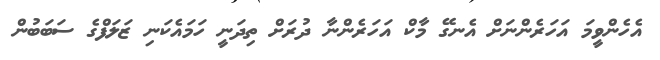
އެހެންވީމަ އަހަރެންނަށް އެނގޭ މާކް އަހަރެންނާ ދުރަށް ތިދަނީ ހަމައެކަނި ޒަލަފްގެ ސަބަބުން